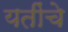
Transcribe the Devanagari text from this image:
यतींचे